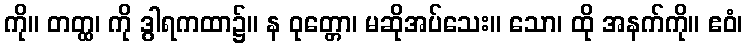
ကို။ တတ္ထ၊ ကို ဒွါရကထာ၌။ န ဝုတ္တော၊ မဆိုအပ်သေး။ သော၊ ထို အနက်ကို။ ဧဝံ၊